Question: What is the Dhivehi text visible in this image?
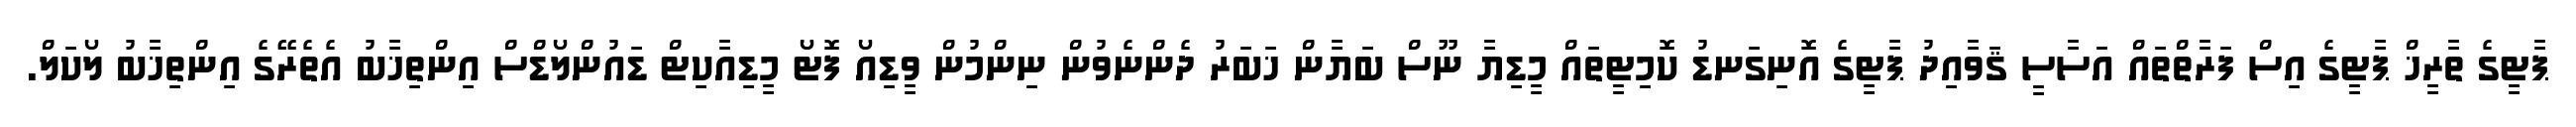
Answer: ޕާޓީގެ ތާރީޚް ޕާޓީގެ އިސް ފަރާތްތައް އަސާސީ ޤަވާއިދު ޕާޓީގެ އޮނިގަނޑު ކޮމިޓީތައް މީޑިޔާ ނޫސް ބަޔާން ޚަބަރު ދެންނެވުން ނިންމުން ވީޑިއޯ ފޮޓޯ މީޑިއާކިޓް ޑައުންލޯޑްސް އިންތިޚާބު އެތެރޭގެ އިންތިޚާބު ލޯކަލް.